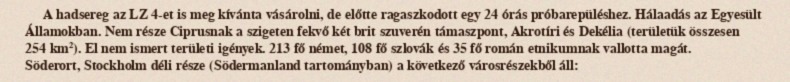
A hadsereg az LZ 4-et is meg kívánta vásárolni, de előtte ragaszkodott egy 24 órás próbarepüléshez. Hálaadás az Egyesült Államokban. Nem része Ciprusnak a szigeten fekvő két brit szuverén támaszpont, Akrotíri és Dekélia (területük összesen 254 km²). El nem ismert területi igények. 213 fő német, 108 fő szlovák és 35 fő román etnikumnak vallotta magát. Söderort, Stockholm déli része (Södermanland tartományban) a következő városrészekből áll: